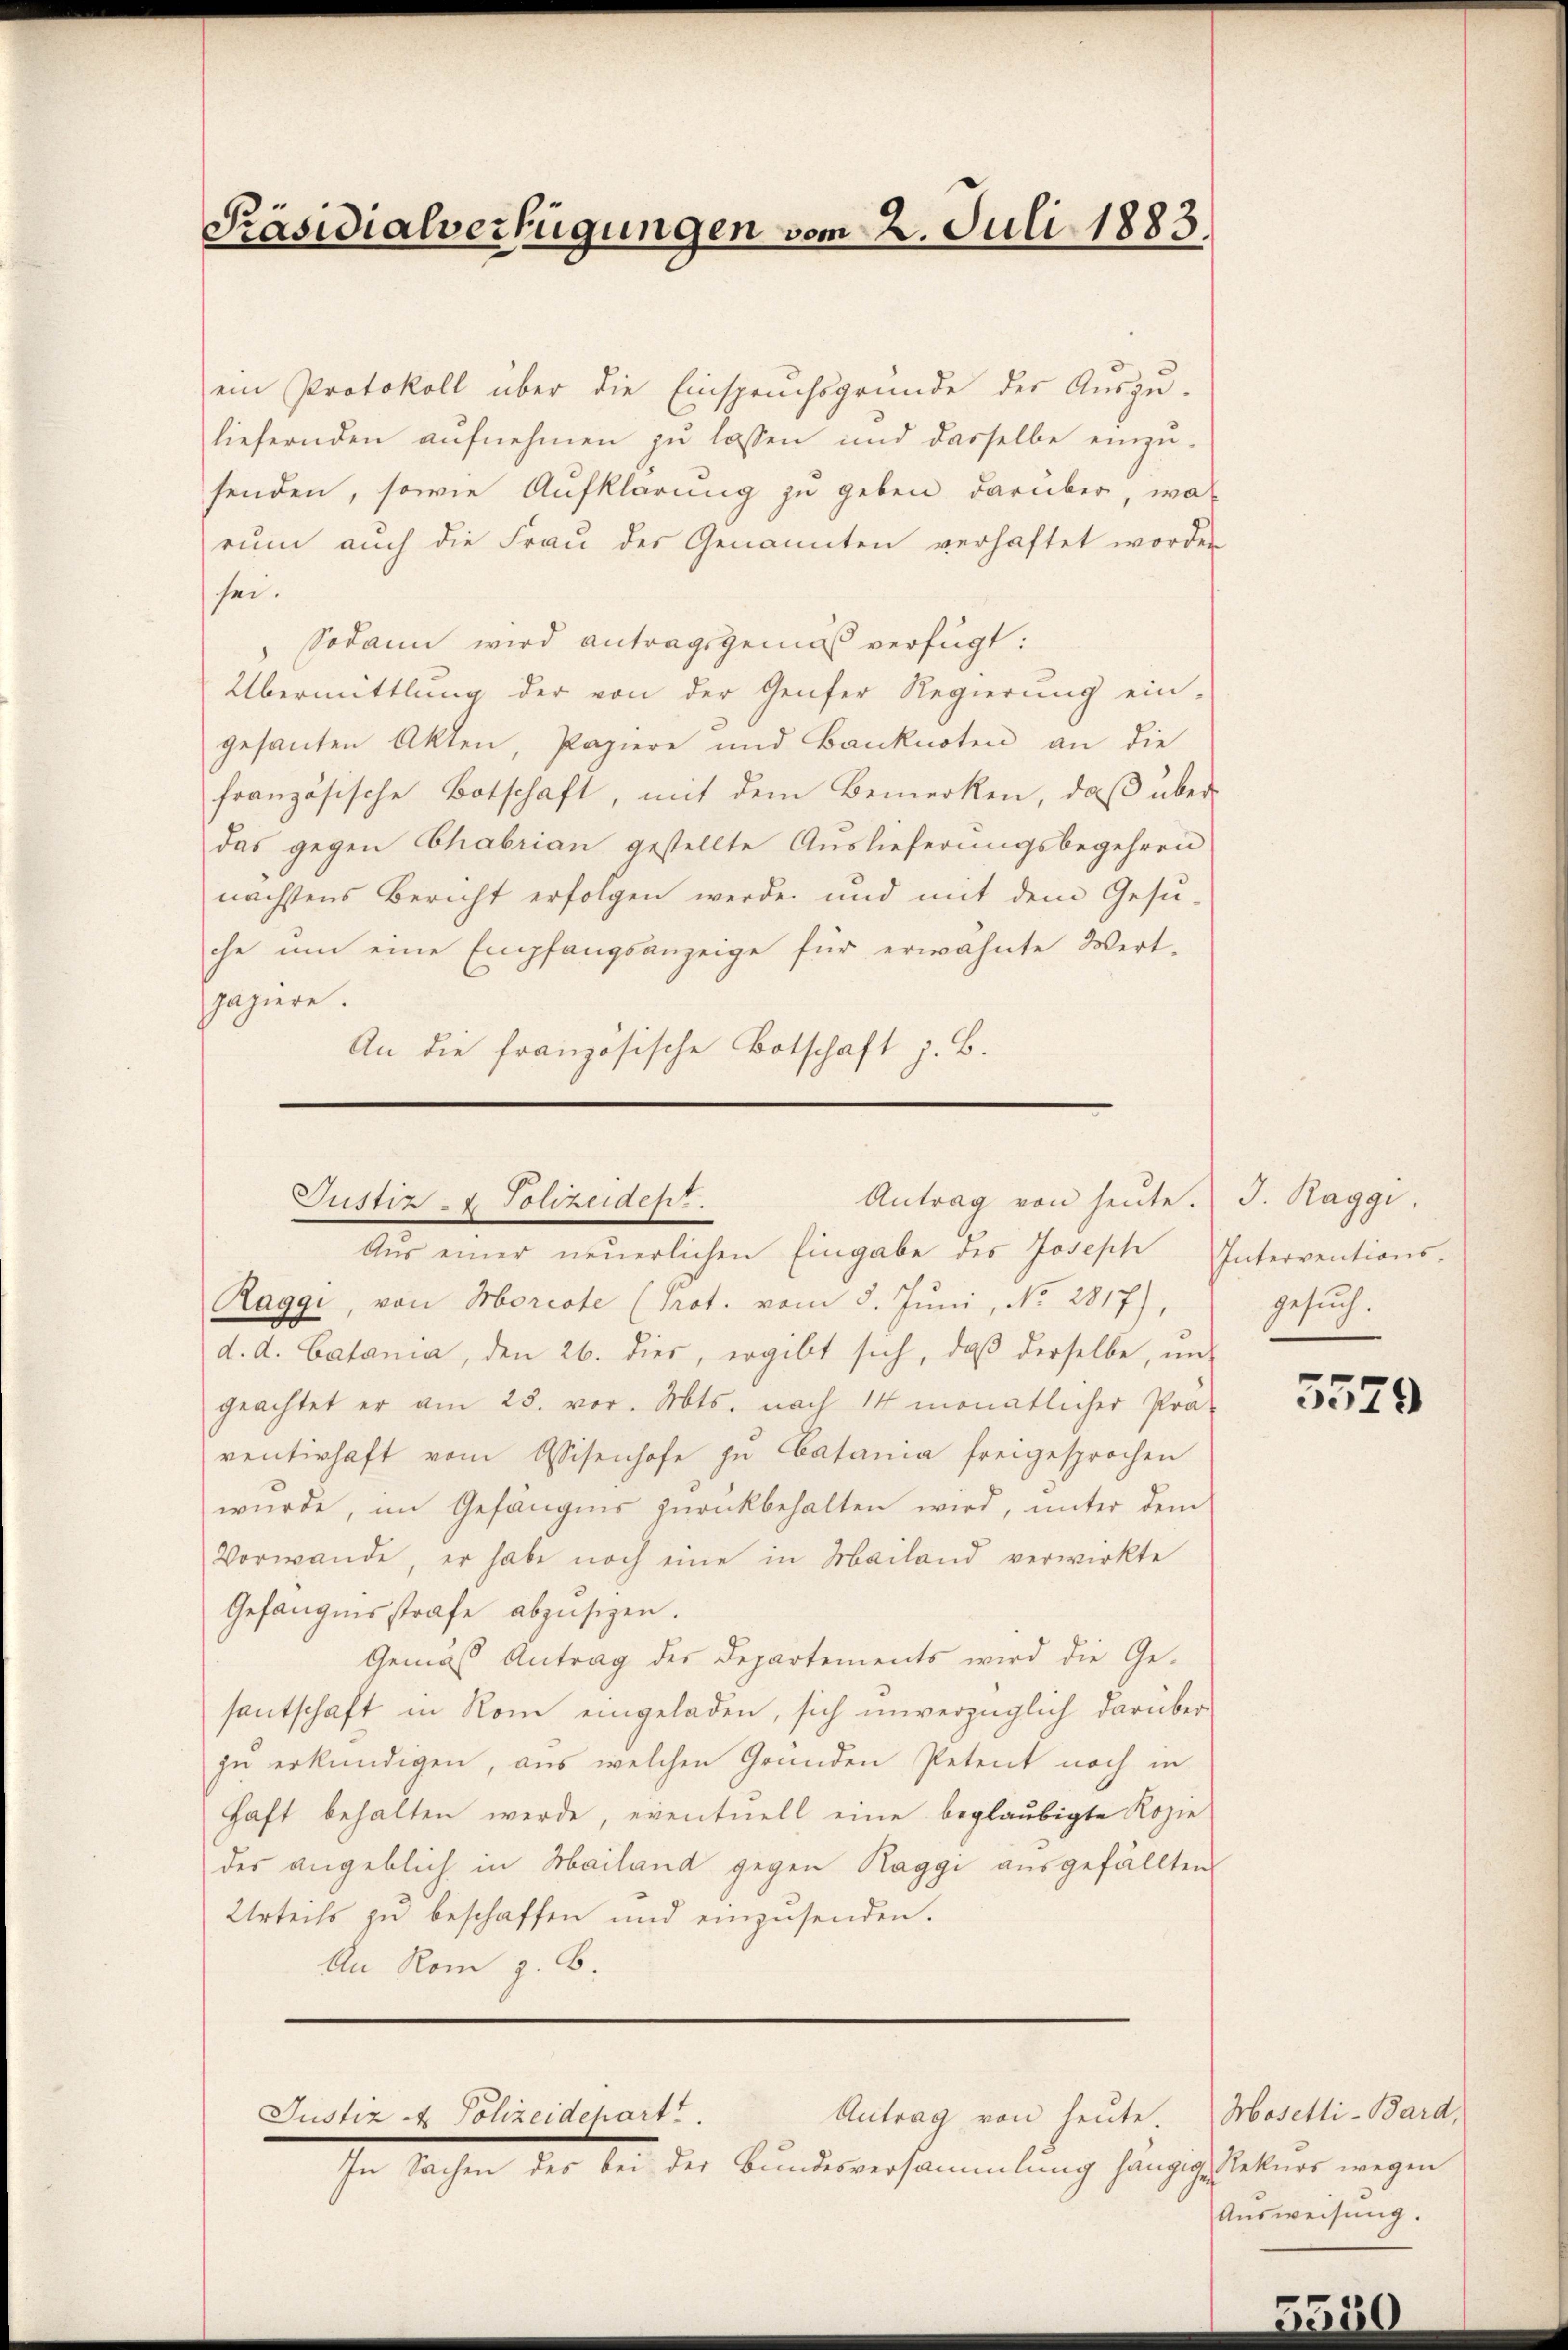
Präsidialverfügungen vom 2. Juli 1883

ein Protokoll über die Einspruchsgrunde der Auszu-
liefernden aufnehmen zu lassen und dasselbe einzu-
senden, sowie Aufklärung zu geben darüber, wa
rum auch die Frau der Genannten verhaftet worden
sei.
Sodann wird antragsgemäß verfügt:
Übermittlung der von der Genfer Regierung ein-
gesanten Akten, Papiere und Banknoten an die
französische Botschaft, mit dem Bemerken, daβ über-
das gegen Chabrian gestellte Auslieferungsbegehren
nächstens Bericht erfolgen werde und mit dem Gesu-
che um eine Empfangsanzeige für erwähnte Wert-
papiere.
An die französische Botschaft z. B.

Antrag von heute. J. Raggi,
Justiz- & Polizeiden.

Aŭs einer neŭerlichen Eingabe des Joseph Interventions-
Raggi, von Morcote (Prot. vom 8. Juni, No. 2817),
d. d. Catana, den 26. dies, ergibt sich, daβ derselbe, un-
geachtet er am 28. vor. Mts. nach 14 monatlicher Prä-
renterhaft vom Assisenhofe zŭ Catania freigesprochen
würde, im Gefängnis zurückbehalten wird, unter dem
Vorwande, er habe noch eine in Mailand verwirkte
Gefangensstrafe abzusehen.
Gemäß Antrag des Departements wird die Ge-
santschaft in Rom eingeladen, sich unverzüglich darüber
zu erkundigen, aus welchen Gründen Petent noch in
Haft behalten werde, eventuell eine beglaubigte Kopie
des angeblich in Mailand gegen Raggi ausgefällten
Urteils zu beschaffen und einzŭsenden.
An Rom z. B.
Antrag von heute. Mosetti-Bard,
Justiz & Polizeidchart.

In Sachen des bei der Bundesversammlung hängige Rekurs wegen

gesuch.

5529

Ausweisung.